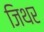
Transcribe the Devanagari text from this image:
जिथर